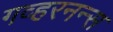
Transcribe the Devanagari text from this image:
गव्हरनन्स